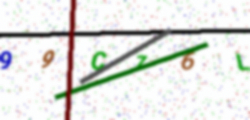
Text: 99CZ6L